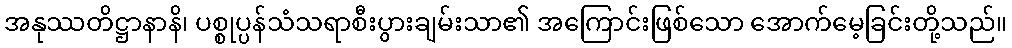
အနုဿတိဋ္ဌာနာနိ၊ ပစ္စုပ္ပန်သံသရာစီးပွားချမ်းသာ၏ အကြောင်းဖြစ်သော အောက်မေ့ခြင်းတို့သည်။